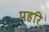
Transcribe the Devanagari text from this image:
पहरि